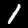
Label: 1